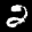
Label: 2